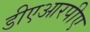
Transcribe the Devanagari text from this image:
डीएआरपीए